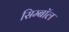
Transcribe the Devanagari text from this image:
सिम्बॉल